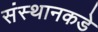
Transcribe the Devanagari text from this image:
संस्थानकडे